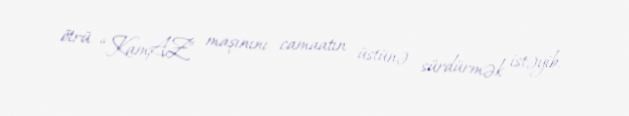
ötrü “KamAZ” maşınını camaatın üstünə sürdürmək istəyib.